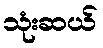
သုံးဆယ်